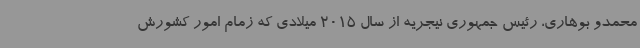
محمدو بوهاری، رئیس جمهوری نیجریه از سال 2015 میلادی که زمام امور کشورش